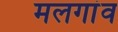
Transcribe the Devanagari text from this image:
मलगांव